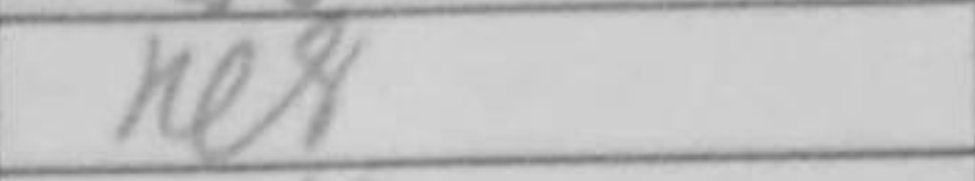
Transcription: Re8